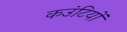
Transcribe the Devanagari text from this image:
कउंटियों